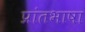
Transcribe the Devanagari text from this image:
प्रांतभाषा